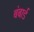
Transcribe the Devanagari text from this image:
बंबार्ड